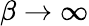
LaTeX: \beta\to\infty